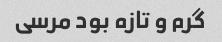
گرم و تازه بود مرسی